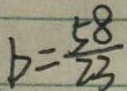
b = \frac { 5 8 } { 2 3 }